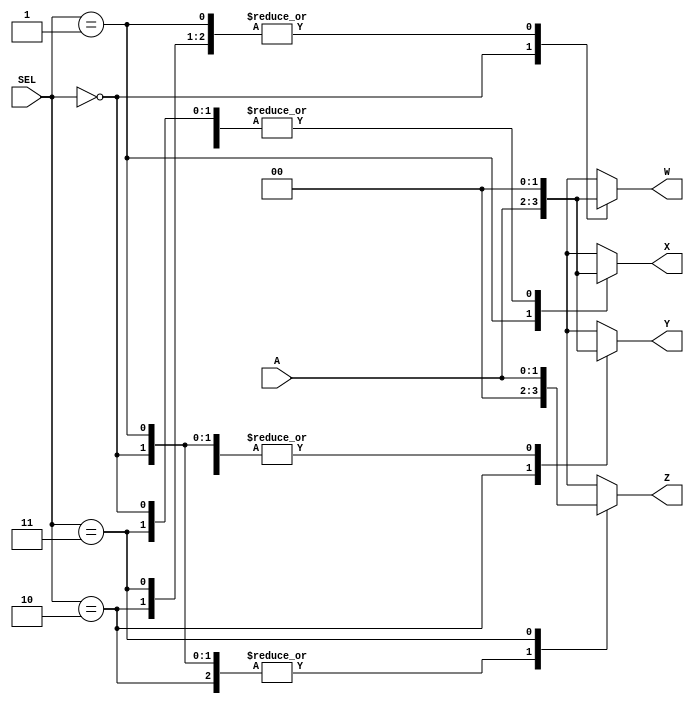
`timescale 1ns / 1ps

//!DO NOT MODIFY MODULE NAME AND PORT NAME!
module demultiplexer(
    input [1:0]A,
    input [1:0]SEL,
    output [1:0]W,
    output [1:0]X,
    output [1:0]Y,
    output [1:0]Z
    );
    
reg [1:0]w_in;
reg [1:0]x_in;
reg [1:0]y_in;
reg [1:0]z_in;
assign W = w_in;
assign X = x_in;
assign Y = y_in;
assign Z = z_in;

always @* begin 
    case (SEL) 
        2'b00: begin w_in = A; x_in = 2'b00; y_in = 2'b00; z_in = 2'b00; end
        2'b01: begin w_in = 2'b00; x_in = A; y_in = 2'b00; z_in = 2'b00; end
        2'b10: begin w_in = 2'b00; x_in = 2'b00; y_in = A; z_in = 2'b00; end
        2'b11: begin w_in = 2'b00; x_in = 2'b00; y_in = 2'b00; z_in = A; end
        default: begin w_in = 2'b00; x_in = 2'b00; y_in = 2'b00; z_in = 2'b00; end
    endcase
end
endmodule